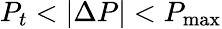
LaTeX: P_{t}<|\Delta P|<P_{\operatorname*{max}}